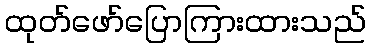
ထုတ်ဖော်ပြောကြားထားသည်